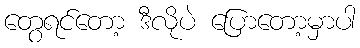
တွေရင်တော့ ဒီလိုပဲ ပြောတော့မှာပါ